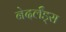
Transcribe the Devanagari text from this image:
नेदर्लँड्स